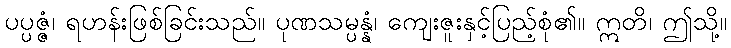
ပပ္ပဇ္ဇံ၊ ရဟန်းဖြစ်ခြင်းသည်။ ပုဏသမ္ပန္နံ၊ ကျေးဇူးနှင့်ပြည့်စုံ၏။ ဣတိ၊ ဤသို့။